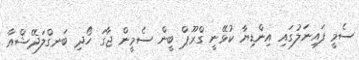
ސެމީ ފައިނަލުގައި އިންޑިޔާ ކުޅޭނީ ގްރޫޕް ބީން ސެމީން ޖާގަ ހޯދި ބަނގްލަދޭޝްއާ